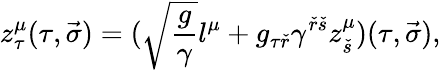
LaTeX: z_{\tau}^{\mu}(\tau,\vec{\sigma})=(\sqrt{{\frac{g}{\gamma}}}l^{\mu}+g_{\tau{\check{r}}}\gamma^{{\check{r}}{\check{s}}}z_{\check{s}}^{\mu})(\tau,\vec{\sigma}),